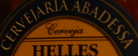
CERVEIARIA ABADESSA